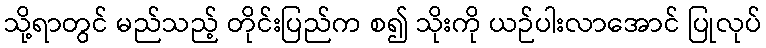
သို့ရာတွင် မည်သည့် တိုင်းပြည်က စ၍ သိုးကို ယဉ်ပါးလာအောင် ပြုလုပ်